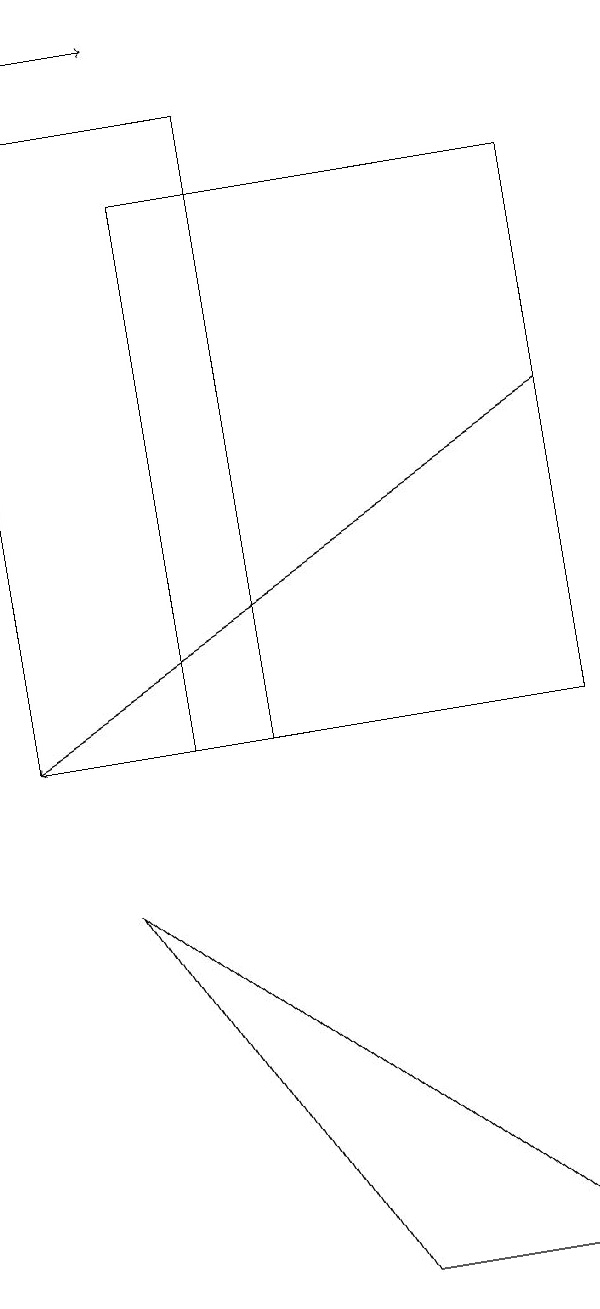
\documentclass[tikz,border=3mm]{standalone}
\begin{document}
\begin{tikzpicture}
\draw[->] (0,19) -- (2,19);
\draw[->] (7,14) -- (0,10);
\draw (3,18) rectangle (0,10);
\draw (7,3) -- (4,3) -- (1,8) -- cycle;
\draw (7,17) rectangle (2,10);
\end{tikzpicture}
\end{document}